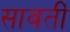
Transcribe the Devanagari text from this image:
सावतीं